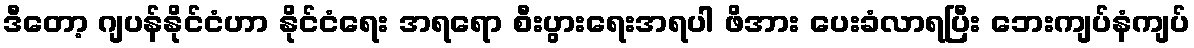
ဒီတော့ ဂျပန်နိုင်ငံဟာ နိုင်ငံရေး အရရော စီးပွားရေးအရပါ ဖိအား ပေးခံလာရပြီး ဘေးကျပ်နံကျပ်